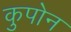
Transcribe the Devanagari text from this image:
कुपोन